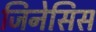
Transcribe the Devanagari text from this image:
जिनेसिस